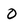
Character: O